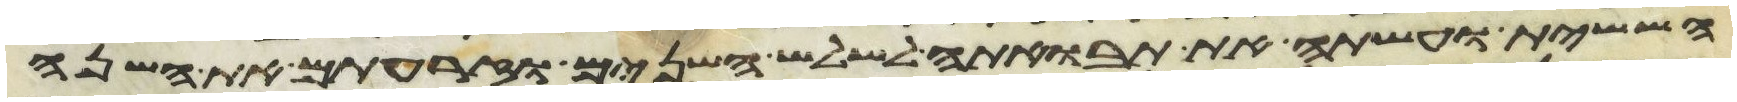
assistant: הששית ועשתה את תבואתה לשלש השנים וזרעתם את השנה